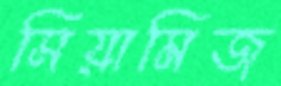
সিয়ামিজ